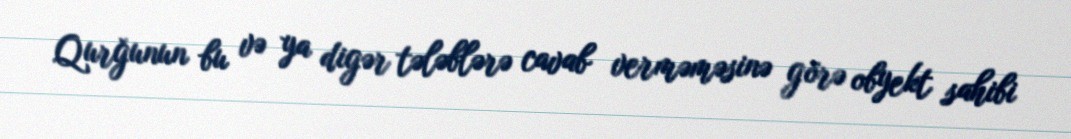
Qurğunun bu və ya digər tələblərə cavab verməməsinə görə obyekt sahibi